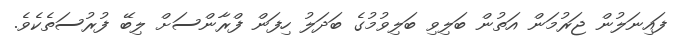
ފައިނަލުން ޖަރުމަން އަތުން ބަލިވި ބަލިވުމުގެ ބަދަލު ހިފަން ފްރާންސަށް ލިބޭ ފުރުސަތެކެވެ.